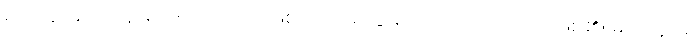
မဟာနာမ၊ မဟနာမ်သည်သာလျှင်ဖြစ်သော။ စိတ္တံ၊ စိတ်သည်။ ဟောတိ၊ ဖြစ်၏။ မဟာနာမ၊